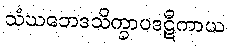
သံဃဘေဒသိက္ခာပဒဋီကာယ